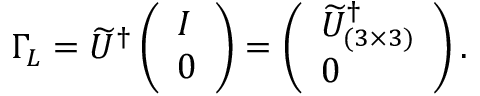
\Gamma _ { L } = \widetilde U ^ { \dagger } \left( \begin{array} { l } { { I } } \\ { { 0 } } \end{array} \right) = \left( \begin{array} { l } { { \widetilde U _ { ( 3 \times 3 ) } ^ { \dagger } } } \\ { { 0 } } \end{array} \right) .